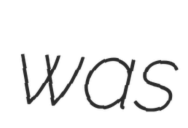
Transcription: was